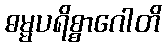
ဓမ္မပရိစ္စာဂေါတိ